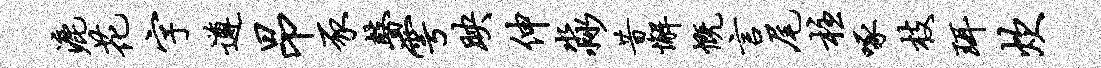
漉花字遵昂豕瞽雩映伸淼昔懈慨言尾柱啄枝珥炊